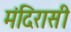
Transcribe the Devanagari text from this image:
मंदिरासी